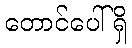
တောင်ပေါ်ရှိ